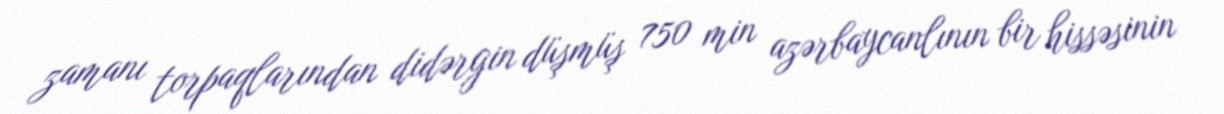
zamanı torpaqlarından didərgin düşmüş 750 min azərbaycanlının bir hissəsinin